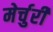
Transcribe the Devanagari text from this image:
मेर्चुरी